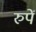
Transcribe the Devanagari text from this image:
रुपें